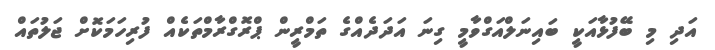
އަދި މި ބޭފުޅާއަކީ ބައިނަލްއަގްވާމީ ގިނަ އަދަދެއްގެ ތަމްރީން ޕްރޮގްރާމްތަކެއް ފުރިހަމަކޮށް ޖަލުތައް